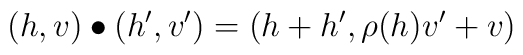
(h,v) \bullet (h',v') = (h+h', \rho(h)v' + v)